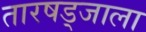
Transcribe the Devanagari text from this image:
तारषड्जाला